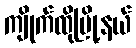
ကျိုက်ထိုမြို့နယ်